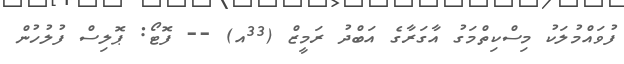
ފުވައްމުލަކު މިސްކިތްމަގު އާގަރާގެ އަބްދު ރަމީޒް (33އ) -- ފޮޓޯ: ޕޮލިސް ފުލުހުން